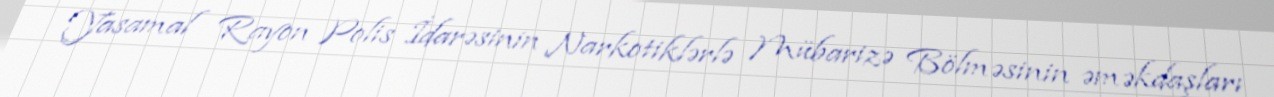
Yasamal Rayon Polis İdarəsinin Narkotiklərlə Mübarizə Bölməsinin əməkdaşları